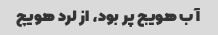
آب هویج پر بود، از لرد هویچ